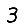
Digit: 3